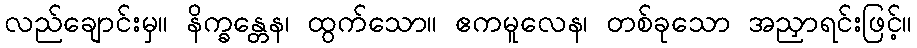
လည်ချောင်းမှ။ နိက္ခန္တေန၊ ထွက်သော။ ဧကမူလေန၊ တစ်ခုသော အညှာရင်းဖြင့်။